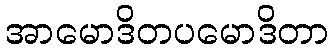
အာမောဒိတပမောဒိတာ